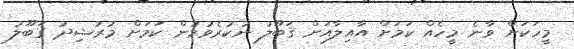
މީހަކަށް ވާނެ މީހެއް ކަމަށް އާއިލާއަށް ޤަބޫލު ނުކުރެވުމުން ކަމަށް މުރުޝިދު ޤަބޫލު